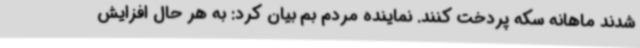
شدند ماهانه سکه پردخت کنند. نماینده مردم بم بیان کرد: به هر حال افزایش